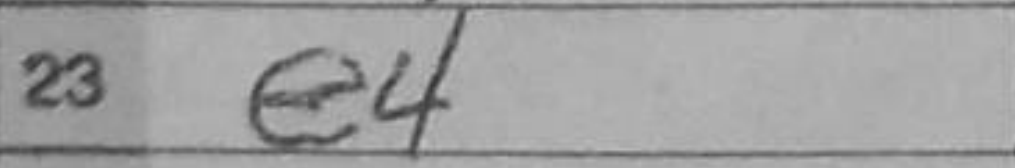
Transcription: e4